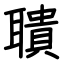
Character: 聵